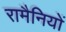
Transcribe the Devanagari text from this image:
रामैनियों